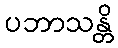
ပဘာသန္တိ